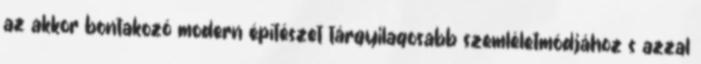
az akkor bontakozó modern építészet tárgyilagosabb szemléletmódjához s azzal